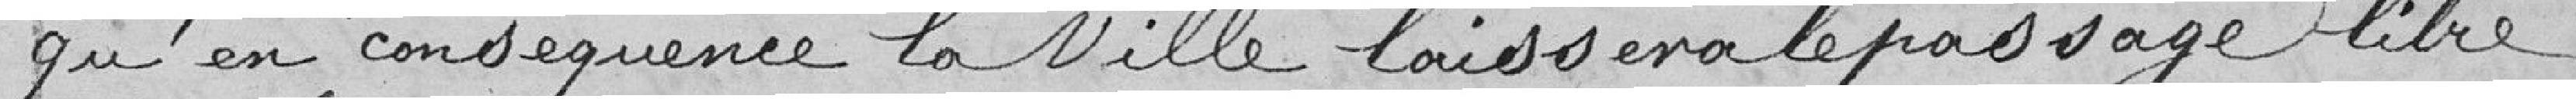
Qu'en conséquence la ville laissera le passage libre